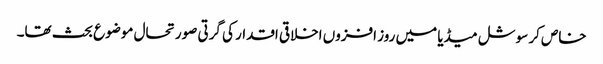
خاص کر سوشل میڈیا میں روز افزوں اخلاقی اقدار کی گرتی صورتحال موضوع بحث تھا۔